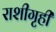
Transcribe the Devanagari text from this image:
राशीगृही